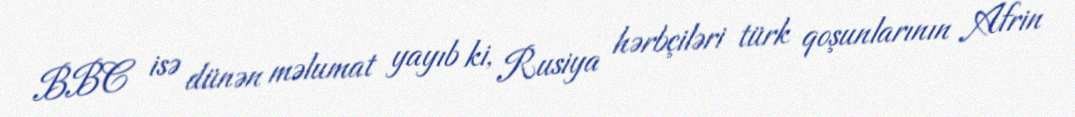
BBC isə dünən məlumat yayıb ki, Rusiya hərbçiləri türk qoşunlarının Afrin